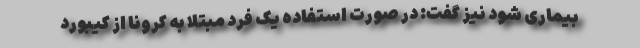
بیماری شود نیز گفت: در صورت استفاده یک فرد مبتلا به کرونا از کیبورد